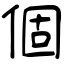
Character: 個